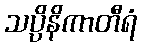
သပ္ပိနိကာတီရံ